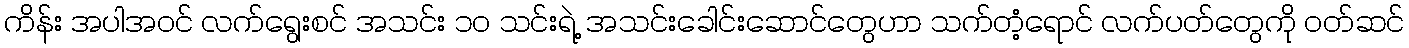
ကိန်း အပါအဝင် လက်ရွေးစင် အသင်း ၁၀ သင်းရဲ့ အသင်းခေါင်းဆောင်တွေဟာ သက်တံ့ရောင် လက်ပတ်တွေကို ဝတ်ဆင်